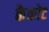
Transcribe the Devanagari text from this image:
कैकोट